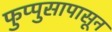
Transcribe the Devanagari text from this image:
फुप्पुसापासून